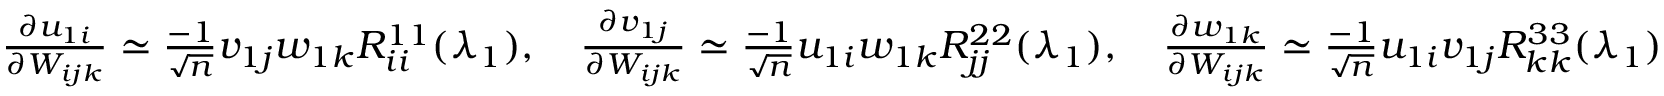
\begin{array} { r } { \frac { \partial u _ { 1 i } } { \partial W _ { i j k } } \simeq \frac { - 1 } { \sqrt n } v _ { 1 j } w _ { 1 k } R _ { i i } ^ { 1 1 } ( \lambda _ { 1 } ) , \quad \frac { \partial v _ { 1 j } } { \partial W _ { i j k } } \simeq \frac { - 1 } { \sqrt n } u _ { 1 i } w _ { 1 k } R _ { j j } ^ { 2 2 } ( \lambda _ { 1 } ) , \quad \frac { \partial w _ { 1 k } } { \partial W _ { i j k } } \simeq \frac { - 1 } { \sqrt n } u _ { 1 i } v _ { 1 j } R _ { k k } ^ { 3 3 } ( \lambda _ { 1 } ) } \end{array}